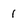
Character: 1